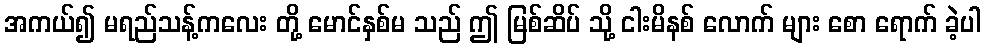
အကယ်၍ မရည်သန့်ကလေး တို့ မောင်နှစ်မ သည် ဤ မြစ်ဆိပ် သို့ ငါးမိနစ် လောက် များ စော ရောက် ခဲ့ပါ